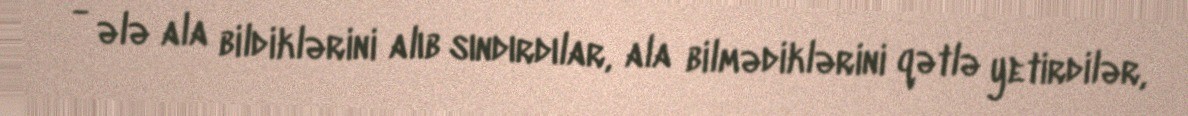
- ələ ala bildiklərini alıb sındırdılar, ala bilmədiklərini qətlə yetirdilər,